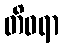
တိဝရာ